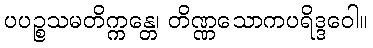
ပပဉ္စသမတိက္ကန္တေ၊ တိဏ္ဏသောကပရိဒ္ဒဝေါ။